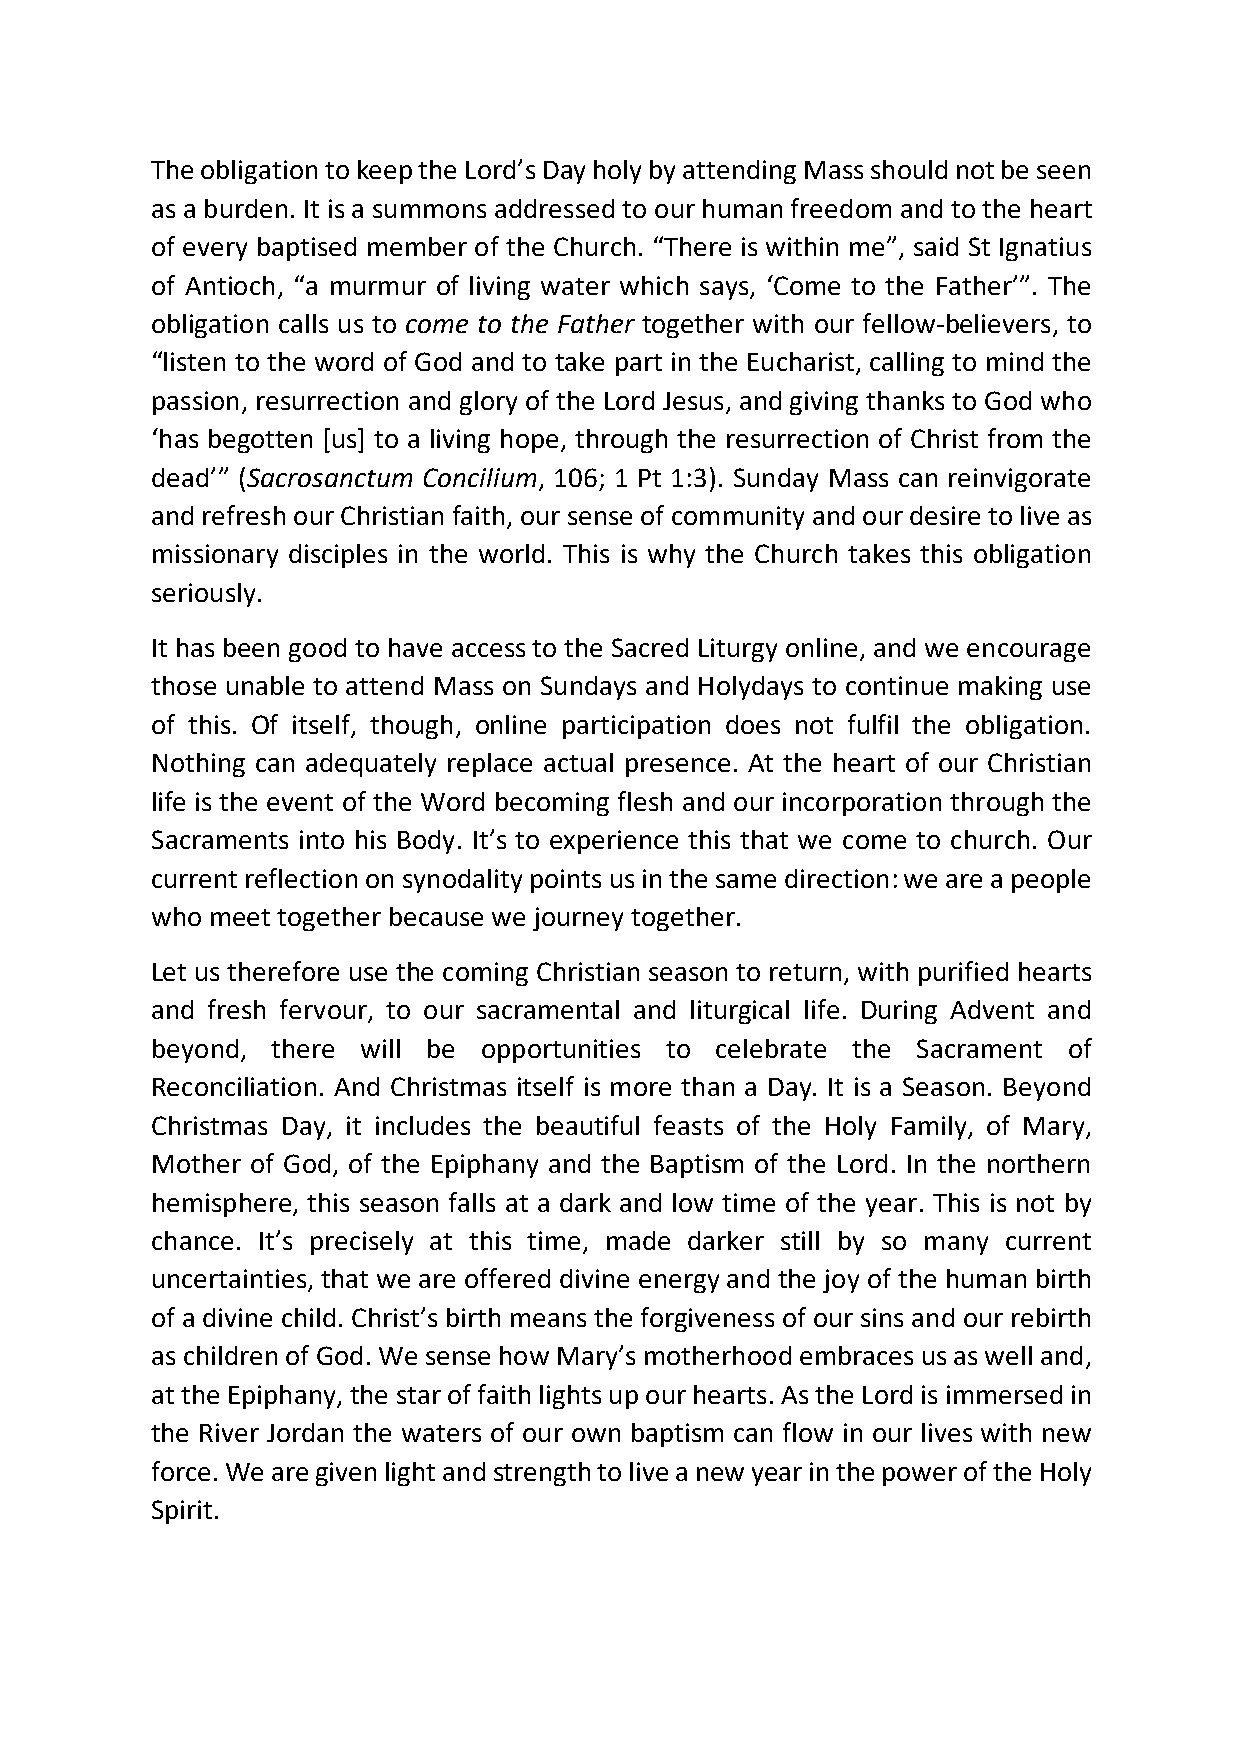
The obligation to keep the Lord’s Day holy by attending Mass should not be seen
 as a burden. It is a summons addressed to our human freedom and to the heart
 of every baptised member of the Church. “There is within me”, said St Ignatius
 of Antioch, “a murmur of living water which says, ‘Come to the Father’”. The
 obligation calls us to come to the Father together with our fellow-believers, to
 “listen to the word of God and to take part in the Eucharist, calling to mind the
 passion, resurrection and glory of the Lord Jesus, and giving thanks to God who
 ‘has begotten [us] to a living hope, through the resurrection of Christ from the
 dead’” (Sacrosanctum Concilium, 106; 1 Pt 1:3). Sunday Mass can reinvigorate
 and refresh our Christian faith, our sense of community and our desire to live as
 missionary disciples in the world. This is why the Church takes this obligation
 seriously.
 It has been good to have access to the Sacred Liturgy online, and we encourage
 those unable to attend Mass on Sundays and Holydays to continue making use
 of this. Of itself, though, online participation does not fulfil the obligation.
 Nothing can adequately replace actual presence. At the heart of our Christian
 life is the event of the Word becoming flesh and our incorporation through the
 Sacraments into his Body. It’s to experience this that we come to church. Our
 current reflection on synodality points us in the same direction: we are a people
 who meet together because we journey together.
 Let us therefore use the coming Christian season to return, with purified hearts
 and fresh fervour, to our sacramental and liturgical life. During Advent and
 beyond, there will be opportunities to celebrate the Sacrament of
 Reconciliation. And Christmas itself is more than a Day. It is a Season. Beyond
 Christmas Day, it includes the beautiful feasts of the Holy Family, of Mary,
 Mother of God, of the Epiphany and the Baptism of the Lord. In the northern
 hemisphere, this season falls at a dark and low time of the year. This is not by
 chance. It’s precisely at this time, made darker still by so many current
 uncertainties, that we are offered divine energy and the joy of the human birth
 of a divine child. Christ’s birth means the forgiveness of our sins and our rebirth
 as children of God. We sense how Mary’s motherhood embraces us as well and,
 at the Epiphany, the star of faith lights up our hearts. As the Lord is immersed in
 the River Jordan the waters of our own baptism can flow in our lives with new
 force. We are given light and strength to live a new year in the power of the Holy
 Spirit.